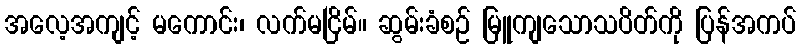
အလေ့အကျင့် မကောင်း၊ လက်မငြိမ်။ ဆွမ်းခံစဉ် မြူကျသောသပိတ်ကို ပြန်အကပ်